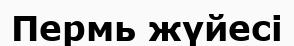
Пермь жүйесі